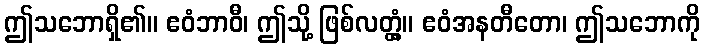
ဤသဘောရှိ၏။ ဧဝံဘာဝီ၊ ဤသို့ ဖြစ်လတ္တံ့။ ဧဝံအနတီတော၊ ဤသဘောကို